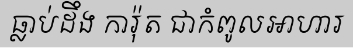
ធ្លាប់ដឹង ការ៉ុត ជាកំពូលអាហារ